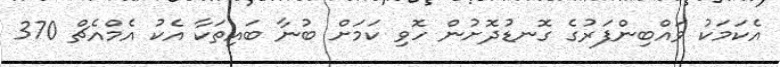
އެކަމަކު ވައްބިންފަރުގެ ގޮނޑުދޮށުން ހޮވި ކަމަށް ބުނާ ބައިތަކާ އެކު އެމްއެޗް 370